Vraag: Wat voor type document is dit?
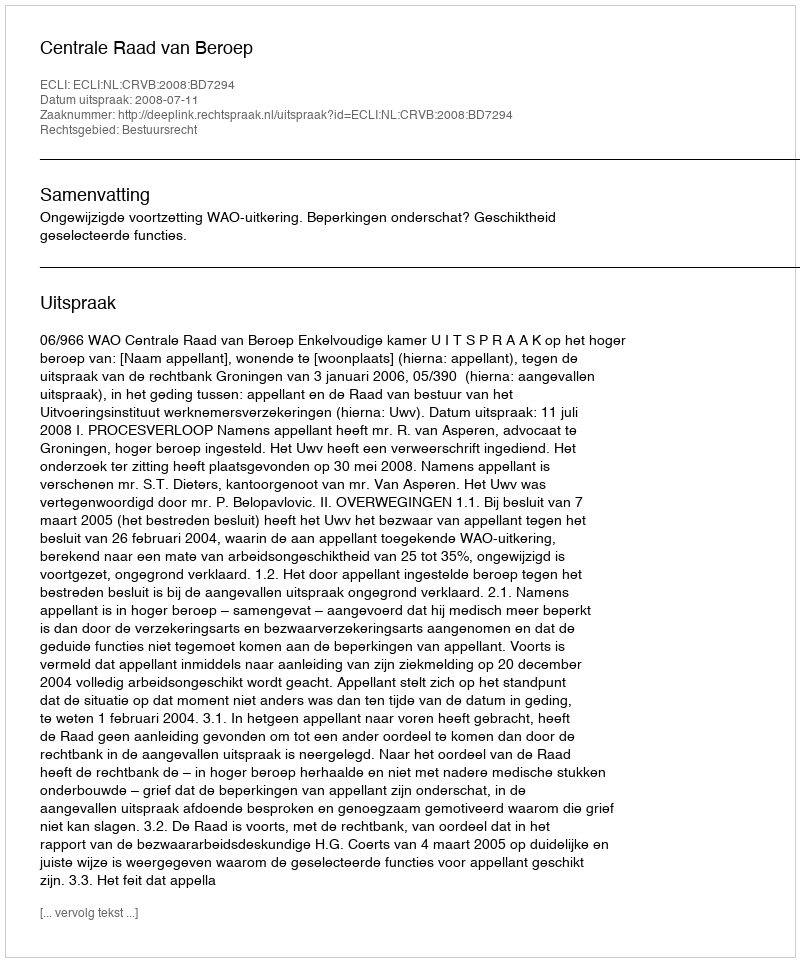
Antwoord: Uitspraak